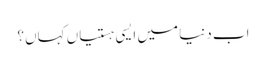
اب دنیا میں ایسی ہستیاں کہاں؟